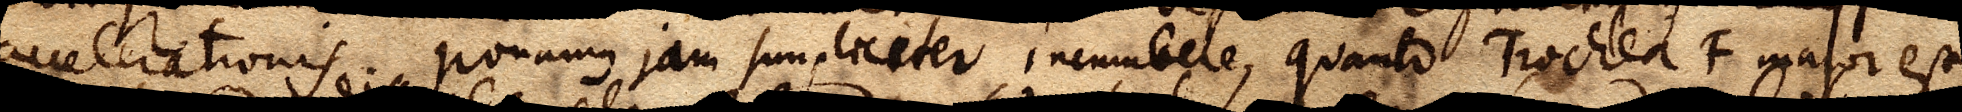
accelerationis. ponamus jam simpliciter incumbere, quanto Trochlea F major est,